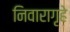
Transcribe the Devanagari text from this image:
निवारागृहे